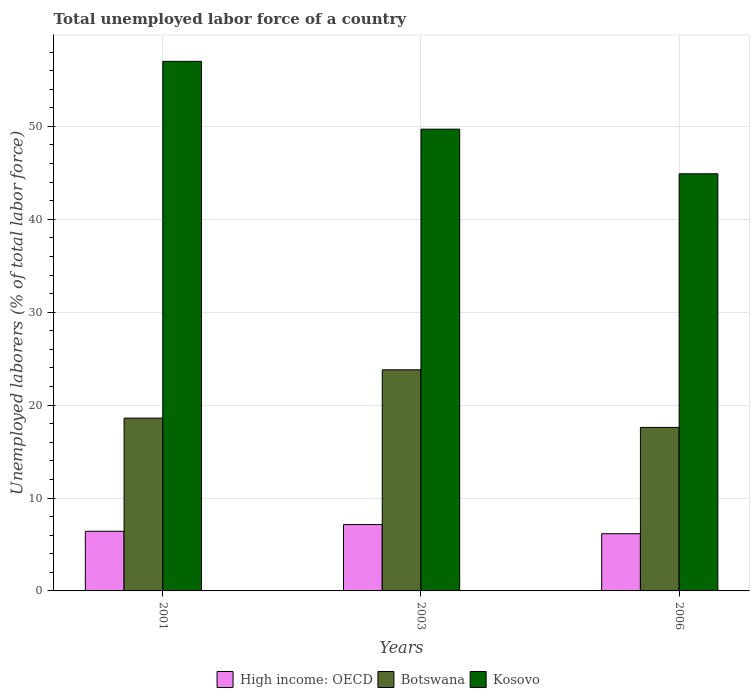
| Years | High income: OECD | Botswana | Kosovo |
 | --- | --- | --- | --- |
 | 2001 | 6.42 | 18.6 | 57 |
 | 2003 | 7.14 | 23.8 | 49.7 |
 | 2006 | 6.16 | 17.6 | 44.9 |